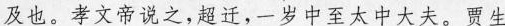
及也。孝文帝说之，超迁，一岁中至太中大夫。贾生